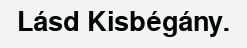
Lásd Kisbégány.